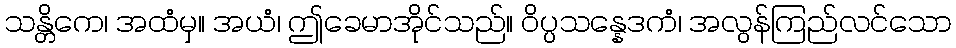
သန္တိကေ၊ အထံမှ။ အယံ၊ ဤခေမာအိုင်သည်။ ဝိပ္ပသန္နေဒကံ၊ အလွန်ကြည်လင်သော